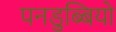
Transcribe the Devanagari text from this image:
पनडुब्बियो